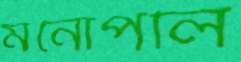
মনোপলি